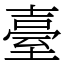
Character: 臺